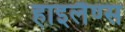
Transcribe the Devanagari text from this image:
हाइलैंण्स